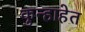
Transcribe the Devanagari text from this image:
कुन्हाहेत